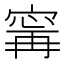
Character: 𫳬